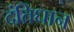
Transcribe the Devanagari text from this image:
दंतिधान